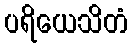
ပရိယေသိတံ